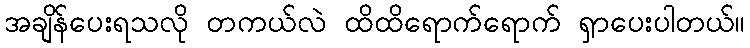
အချိန်ပေးရသလို တကယ်လဲ ထိထိရောက်ရောက် ရှာပေးပါတယ်။